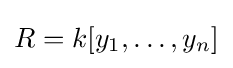
R=k[y_{1},\ldots ,y_{n}]